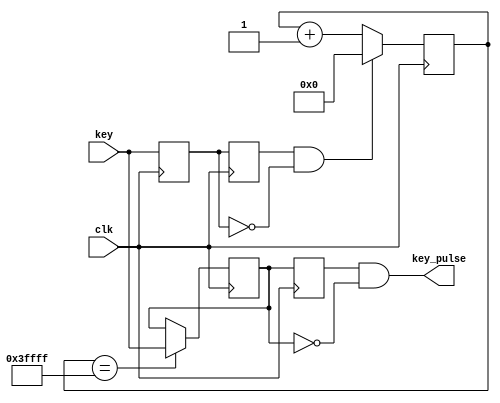
module debounce (clk,key,key_pulse);
parameter       	N  =  1;                      
input             clk;
input    			key;                        		
output     			key_pulse;                   
reg     			   key_rst_pre;                
reg     			   key_rst;                    
wire    			   key_edge;                 

always @(posedge clk)begin
  key_rst <= key;                     
  key_rst_pre <= key_rst;              
end
assign  key_edge = key_rst_pre & (~key_rst);
reg	[17:0]	  cnt;                        
always @(posedge clk)begin
		if(key_edge)cnt <= 18'h0;
		else cnt <= cnt + 1'h1;
end  
reg  key_sec_pre;                
reg  key_sec;                    
always @(posedge clk)if (cnt==18'h3ffff) key_sec <= key;  
always @(posedge clk)key_sec_pre <= key_sec;                 
assign  key_pulse = key_sec_pre & (~key_sec);    


endmodule